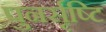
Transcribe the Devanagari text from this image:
पुनर्सृष्टि